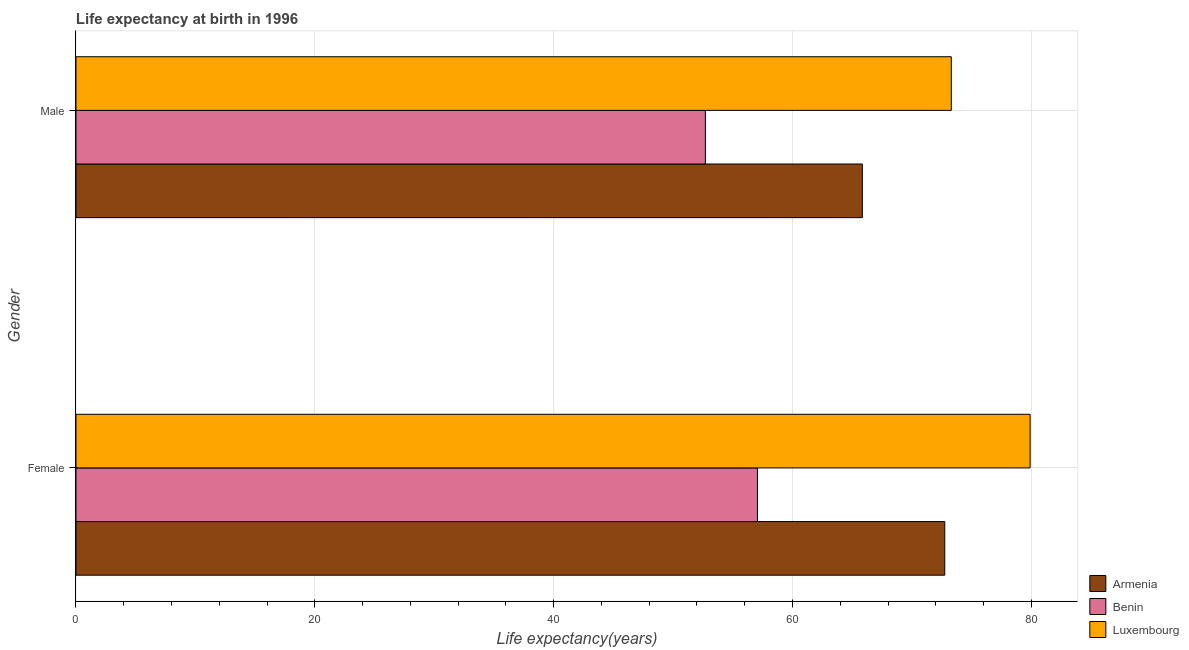
| Gender | Armenia | Benin | Luxembourg |
 | --- | --- | --- | --- |
 | Female | 72.8 | 57.1 | 79.9 |
 | Male | 65.9 | 52.7 | 73.3 |